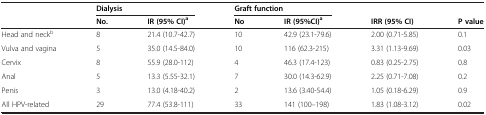
<table><thead><tr><td><b> </b></td><td colspan="2"><b>Dialysis</b></td><td colspan="2"><b>Graft function</b></td><td><b> </b></td><td><b> </b></td></tr><tr><td><b> </b></td><td><b>No.</b></td><td><b>IR (95% CI)<sup>a</sup></b></td><td><b>No</b></td><td><b>IR (95%CI)<sup>a</sup></b></td><td><b>IRR (95% CI)</b></td><td><b>P value</b></td></tr></thead><tbody><tr><td>Head and neck<sup>b</sup></td><td>8</td><td>21.4 (10.7-42.7)</td><td>10</td><td>42.9 (23.1-79.6)</td><td>2.00 (0.71-5.85)</td><td>0.1</td></tr><tr><td>Vulva and vagina</td><td>5</td><td>35.0 (14.5-84.0)</td><td>10</td><td>116 (62.3-215)</td><td>3.31 (1.13-9.69)</td><td>0.03</td></tr><tr><td>Cervix</td><td>8</td><td>55.9 (28.0-112)</td><td>4</td><td>46.3 (17.4-123)</td><td>0.83 (0.25-2.75)</td><td>0.8</td></tr><tr><td>Anal</td><td>5</td><td>13.3 (5.55-32.1)</td><td>7</td><td>30.0 (14.3-62.9)</td><td>2.25 (0.71-7.08)</td><td>0.2</td></tr><tr><td>Penis</td><td>3</td><td>13.0 (4.18-40.2)</td><td>2</td><td>13.6 (3.40-54.4)</td><td>1.05 (0.18-6.29)</td><td>0.9</td></tr><tr><td>All HPV-related</td><td>29</td><td>77.4 (53.8-111)</td><td>33</td><td>141 (100–198)</td><td>1.83 (1.08-3.12)</td><td>0.02</td></tr></tbody></table>